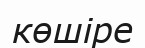
көшіре